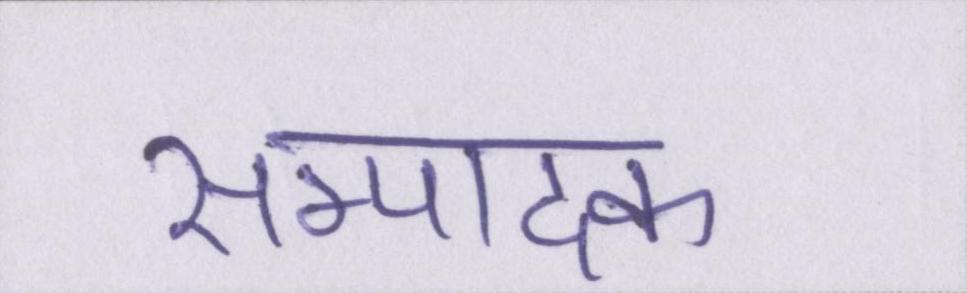
सम्पादक